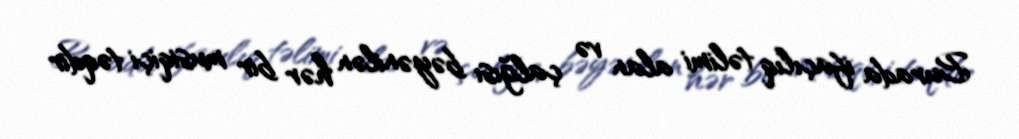
Burada ifaçılıq təlimi alan və çalğısı bəyənilən hər bir musiqiçi təqdir